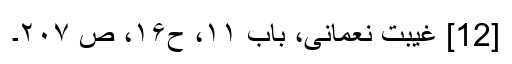
[12] غیبت نعمانی، باب ۱۱، ح۱۶، ص ۲۰۷۔